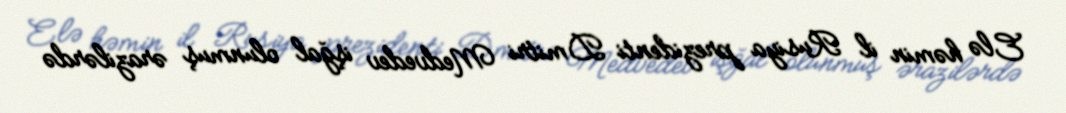
Elə həmin il Rusiya prezidenti Dmitri Medvedev işğal olunmuş ərazilərdə